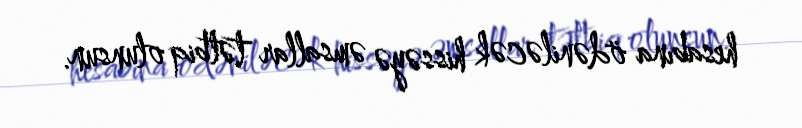
hesabına ödəniləcək hissəyə əmsallar tətbiq olunsun.